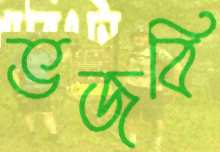
ভজবি